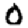
Digit: 0